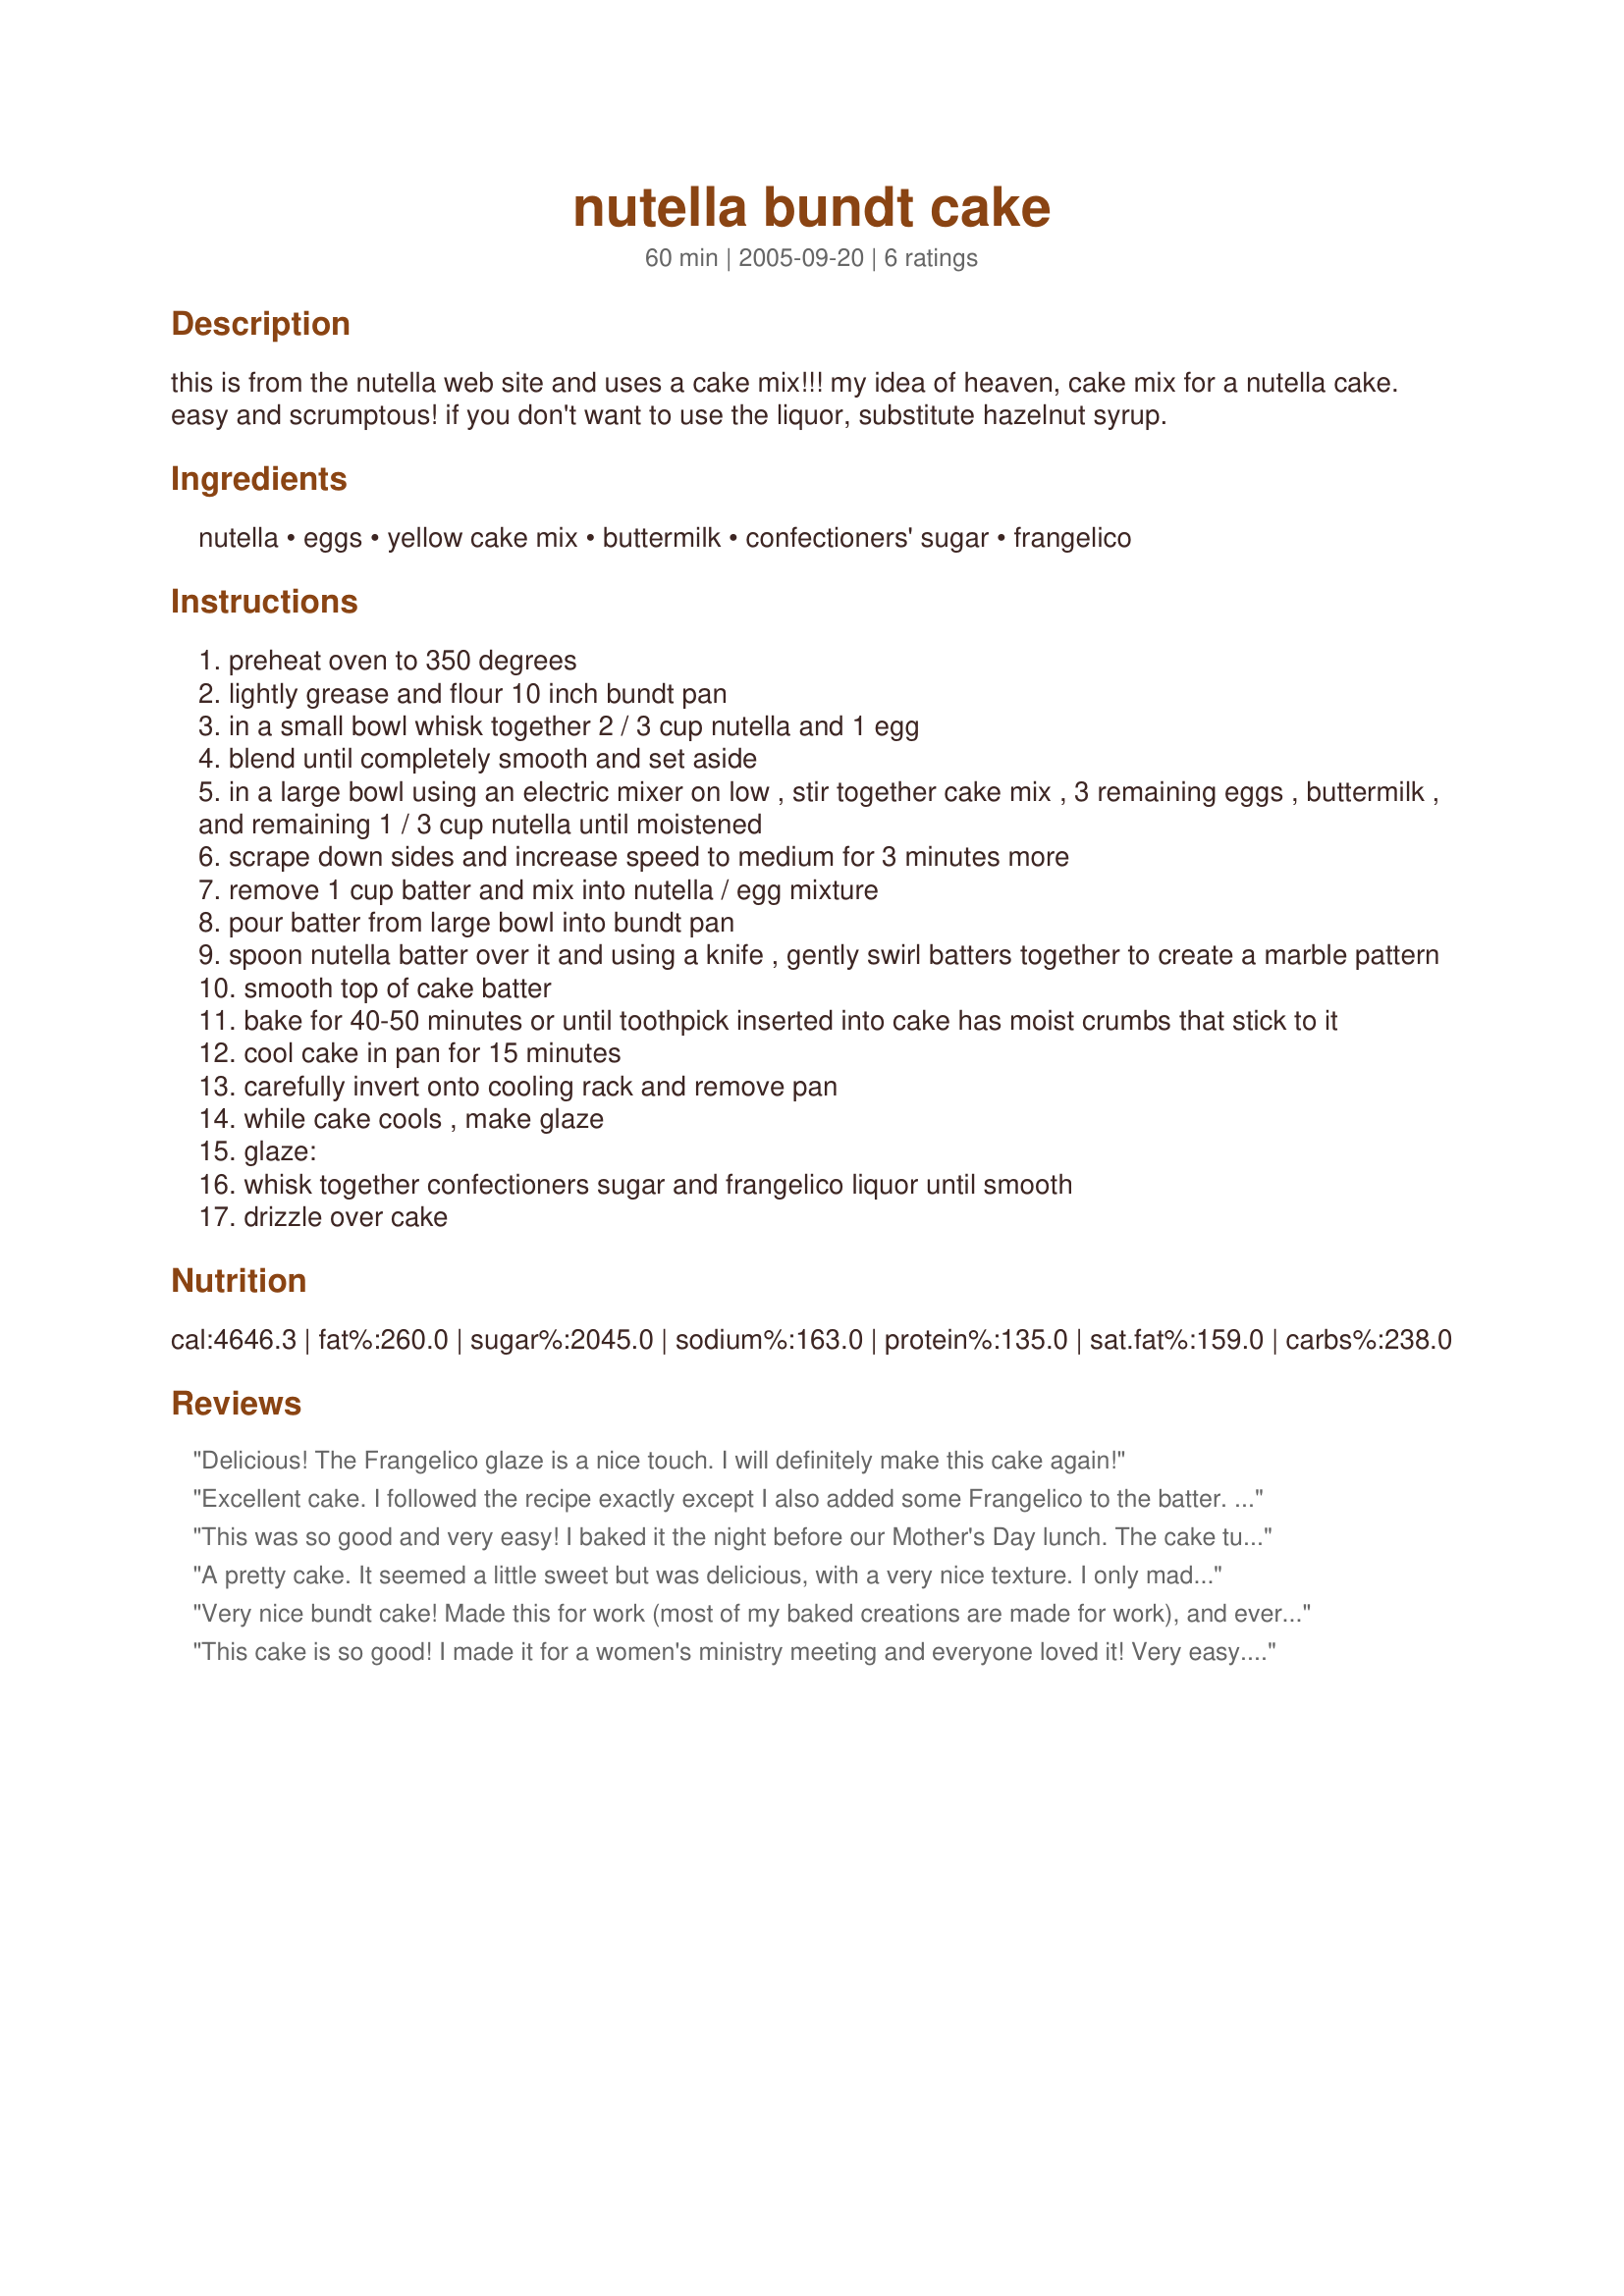
nutella bundt cake
Preparation time: 60 minutes

this is from the nutella web site and uses a cake mix!!! my idea of heaven, cake mix for a nutella cake. easy and scrumptous! if you don't want to use the liquor, substitute hazelnut syrup.

Ingredients:
nutella, eggs, yellow cake mix, buttermilk, confectioners' sugar, frangelico

Steps:
preheat oven to 350 degrees
lightly grease and flour 10 inch bundt pan
in a small bowl whisk together 2 / 3 cup nutella and 1 egg
blend until completely smooth and set aside
in a large bowl using an electric mixer on low , stir together cake mix , 3 remaining eggs , buttermilk , and remaining 1 / 3 cup nutella until moistened
scrape down sides and increase speed to medium for 3 minutes more
remove 1 cup batter and mix into nutella / egg mixture
pour batter from large bowl into bundt pan
spoon nutella batter over it and using a knife , gently swirl batters together to create a marble pattern
smooth top of cake batter
bake for 40-50 minutes or until toothpick inserted into cake has moist crumbs that stick to it
cool cake in pan for 15 minutes
carefully invert onto cooling rack and remove pan
while cake cools , make glaze
glaze:
whisk together confectioners sugar and frangelico liquor until smooth
drizzle over cake

Reviews:
Delicious! The Frangelico glaze is a nice touch. I will definitely make this cake again!
Excellent cake. I followed the recipe exactly except I also added some Frangelico to the batter. After the glaze set, I thought there was no alcohol taste at all. I will definitely make this again, thanks a lot!
This was so good and very easy! I baked it the night before our Mother's Day lunch. The cake turned out a bit small, which I liked more than some of these bundt monstrosities that you see at the store. I thought the flavors were complex and delicious. Instead of the glaze, I just laced fresh whipped cream with frangelica. I also used an organic cake mix for flavor and health purposes. Now what shall I do with the leftover nutella? hmmmmmm >:}
A pretty cake. It seemed a little sweet but was delicious, with a very nice texture. I only made it because I wanted to use up some Nutella, but I was pleasantly surprised with the cake. I didn't use the glaze but dusted with conf. sugar instead. I added a tablespoon of the Frangelico to the batter. I will make it again. (I still have half a jar of Nutella left!)
Very nice bundt cake! Made this for work (most of my baked creations are made for work), and everyone loved it. It was nice and moist, easy to make because of the cake mix. The marbled batters were a nice visual effect. I upped the glaze recipe a bit and used half Frangelico and half Torani hazelnut syrup so the alcohol taste wouldn't be too strong (it was for work, after all!). I even had to pass out the recipe to a few people (usually everyone is content to let me be the office baker)! LOL Thanks for posting!
This cake is so good! I made it for a women's ministry meeting and everyone loved it! Very easy.A must for a nutella lover!
